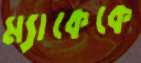
ম্যাকেকে